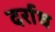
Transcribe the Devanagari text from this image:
दर्राघ